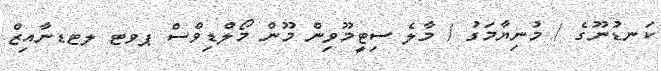
ކަނޑުނޫގެ / މުނިޔާމަގު / މާލެ ސިޓީމޫވިން މޫން މޯލްޑިވްސް ޕވޓ ލޓޑނާއިޒް